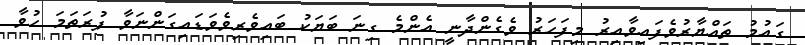
ގައުމު ތައްޔާރުވެފައިވާއިރު މިފަހަރު ވެގެންދާނީ އެންމެ ގިނަ ބަޔަކު ބައިވެރިވެވަޑައިގަންނަވާ ފުރަތަމަ ހުވާ